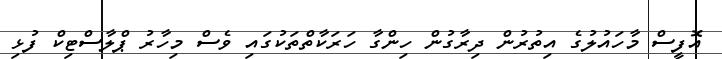
އޮފީސް މާހައުލުގެ އިތުރުން ދިރާގުން ހިންގާ ހަރަކާތްތަކުގައި ވެސް މިހާރު ޕްލާސްޓިކް ފުޅި